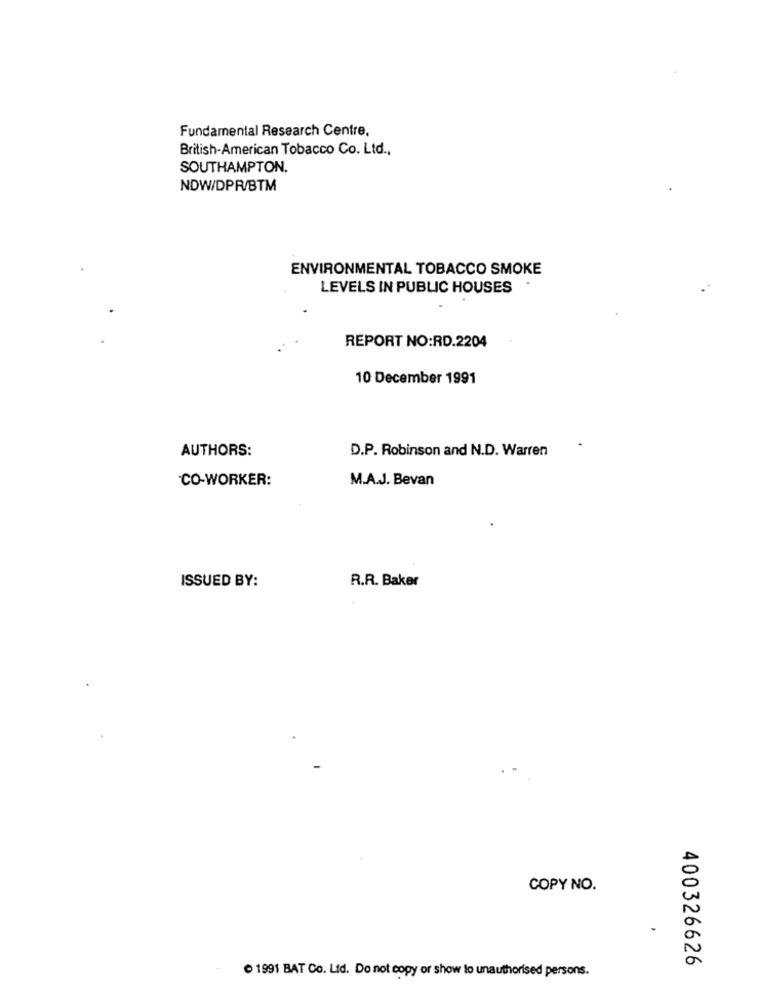
Fundamental Research Centre,
British-American Tobacco Co. Ltd .,
SOUTHAMPTON.
NDW/DPR/BTM
ENVIRONMENTAL TOBACCO SMOKE
LEVELS IN PUBLIC HOUSES
REPORT NO:RD.2204
10 December 1991
AUTHORS:
D.P. Robinson and N.D. Warren
.
CO-WORKER:
M.A.J. Bevan
ISSUED BY:
R.R. Baker
COPY NO.
400326626
· 1991 BAT Co. Ltd. Do not copy or show to unauthorised persons.